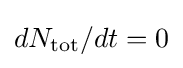
dN_{\text{tot}}/dt=0